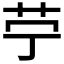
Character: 𦬪